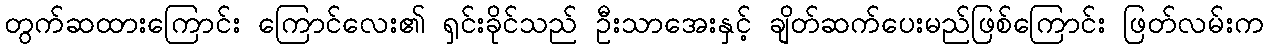
တွက်ဆထားကြောင်း ကြောင်လေး၏ ရှင်းခိုင်သည် ဦးသာအေးနှင့် ချိတ်ဆက်ပေးမည်ဖြစ်ကြောင်း ဖြတ်လမ်းက